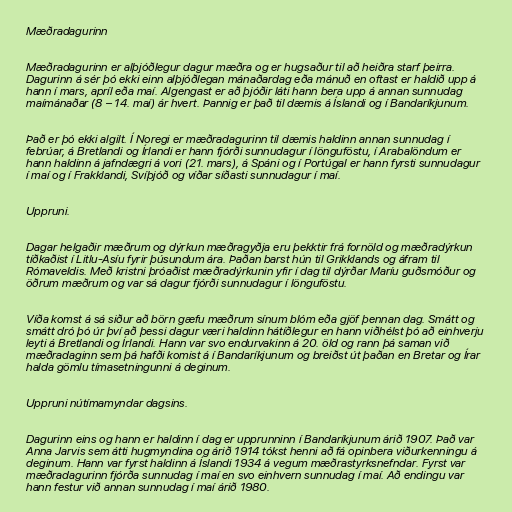
Mæðradagurinn

Mæðradagurinn er alþjóðlegur dagur mæðra og er hugsaður til að heiðra starf þeirra.
Dagurinn á sér þó ekki einn alþjóðlegan mánaðardag eða mánuð en oftast er haldið upp á
hann í mars, apríl eða maí. Algengast er að þjóðir láti hann bera upp á annan sunnudag
maímánaðar (8 – 14. maí) ár hvert. Þannig er það til dæmis á Íslandi og í Bandaríkjunum.

Það er þó ekki algilt. Í Noregi er mæðradagurinn til dæmis haldinn annan sunnudag í
febrúar, á Bretlandi og Írlandi er hann fjórði sunnudagur í lönguföstu, í Arabalöndum er
hann haldinn á jafndægri á vori (21. mars), á Spáni og í Portúgal er hann fyrsti sunnudagur
í maí og í Frakklandi, Svíþjóð og víðar síðasti sunnudagur í maí.

Uppruni.

Dagar helgaðir mæðrum og dýrkun mæðragyðja eru þekktir frá fornöld og mæðradýrkun
tíðkaðist í Litlu-Asíu fyrir þúsundum ára. Þaðan barst hún til Grikklands og áfram til
Rómaveldis. Með kristni þróaðist mæðradýrkunin yfir í dag til dýrðar Maríu guðsmóður og
öðrum mæðrum og var sá dagur fjórði sunnudagur í lönguföstu.

Víða komst á sá siður að börn gæfu mæðrum sínum blóm eða gjöf þennan dag. Smátt og
smátt dró þó úr því að þessi dagur væri haldinn hátíðlegur en hann viðhélst þó að einhverju
leyti á Bretlandi og Írlandi. Hann var svo endurvakinn á 20. öld og rann þá saman við
mæðradaginn sem þá hafði komist á í Bandaríkjunum og breiðst út þaðan en Bretar og Írar
halda gömlu tímasetningunni á deginum.

Uppruni nútímamyndar dagsins.

Dagurinn eins og hann er haldinn í dag er upprunninn í Bandaríkjunum árið 1907. Það var
Anna Jarvis sem átti hugmyndina og árið 1914 tókst henni að fá opinbera viðurkenningu á
deginum. Hann var fyrst haldinn á Íslandi 1934 á vegum mæðrastyrksnefndar. Fyrst var
mæðradagurinn fjórða sunnudag í maí en svo einhvern sunnudag í maí. Að endingu var
hann festur við annan sunnudag í maí árið 1980.